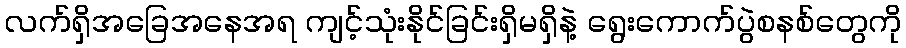
လက်ရှိအခြေအနေအရ ကျင့်သုံးနိုင်ခြင်းရှိမရှိနဲ့ ရွေးကောက်ပွဲစနစ်တွေကို